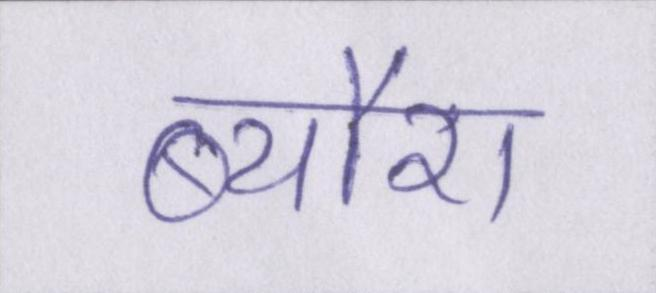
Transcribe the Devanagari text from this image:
ब्यौरा